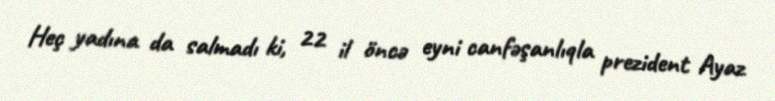
Heç yadına da salmadı ki, 22 il öncə eyni canfəşanlıqla prezident Ayaz